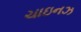
ચાઇનઝ